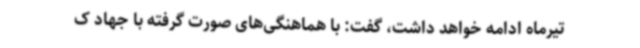
تیرماه ادامه خواهد داشت، گفت: با هماهنگی‌های صورت گرفته با جهاد ک